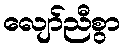
လျော်ညီစွာ